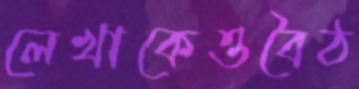
লেখাকেওবৈঠ